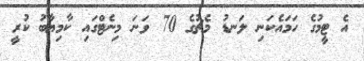
އެ ޓީމުގެ ހަމައެކަނި ލަނޑު މެޗުގެ 70 ވަނަ މިނެޓްގައި ކާމިޔާބު ކުރީ